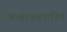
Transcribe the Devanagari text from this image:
कझाकस्तानिम